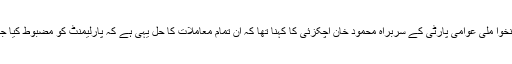
پختونخوا ملی عوامی پارٹی کے سربراہ محمود خان اچکزئی کا کہنا تھا کہ ان تمام معاملات کا حل یہی ہے کہ پارلیمنٹ کو مضبوط کیا جائے۔